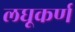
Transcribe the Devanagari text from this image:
लघूकर्ण